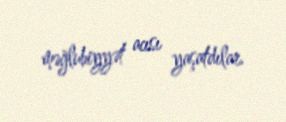
məğlubiyyət acısı yaşatdılar.